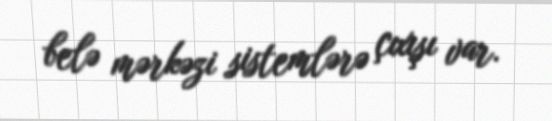
belə mərkəzi sistemlərə çıxışı var.